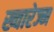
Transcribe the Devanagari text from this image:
ख्वारेज्म